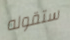
ستقوله